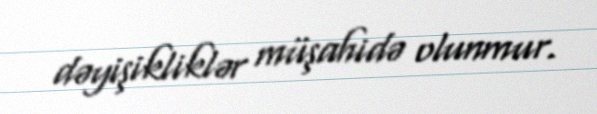
dəyişikliklər müşahidə olunmur.